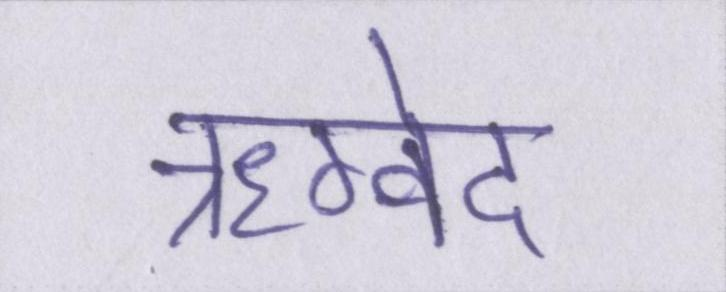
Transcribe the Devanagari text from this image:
ऋग्वेद